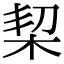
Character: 栔